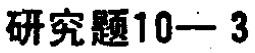
研究题10—3